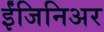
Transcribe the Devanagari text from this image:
ईंजिनिअर